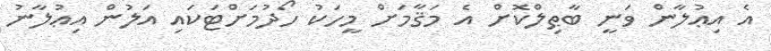
އެ އިޢުލާން ވަނީ ބާޠިލްކޮށް އެ މަޤާމަށް މީހަކު ހޯދުމަށްޓަކައި އަލުން އިޢުލާނު